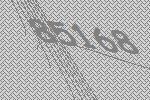
85168